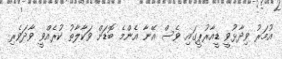
އުމަރު ވިދާޅުވީ ޑީއާރުޕީގައި ވެސް އޭނާ އެންމެ ބޮޑަށް ވަކާލާތު ކުރެއްވީ ވާދަވެރި